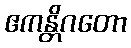
ဧကန္တိဂတော